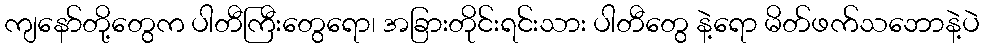
ကျနော်တို့တွေက ပါတီကြီးတွေရော၊ အခြားတိုင်းရင်းသား ပါတီတွေ နဲ့ရော မိတ်ဖက်သဘောနဲ့ပဲ